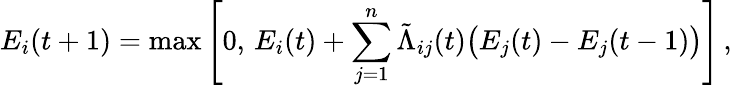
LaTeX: E_{i}(t+1)=\operatorname*{max}\Bigg[0,\, E_{i}(t)+\sum_{j=1}^{n}\tilde{\Lambda}_{ij}(t)\big(E_{j}(t)-E_{j}(t-1)\big)\Bigg]\, ,